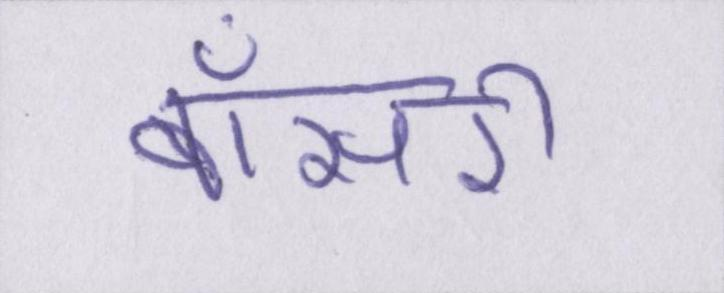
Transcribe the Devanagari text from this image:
बॉसरी